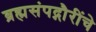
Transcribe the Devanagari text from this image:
ब्रह्मसंपद्गौरींचे